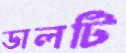
ডালটি